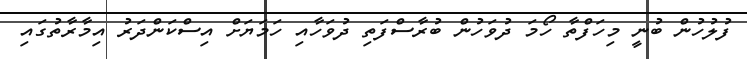
ފުލުހުން ބުނީ މިހަފްތާ ހޯމަ ދުވަހުން ބުރާސްފަތި ދުވަހާއި ހަމަޔަށް އިސްކަންދަރު އިމާރާތުގައި